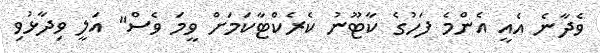
ވެދާނެ އެއީ އެންމެ ފަހުގެ ކާޓޫނު ކެރެކްޓާކަމަށް ވީމަ ވެސް" އަލީ ވިދާޅުވި